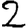
Digit: 2